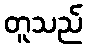
တူသည်